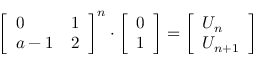
{ \left[ \begin{array} { l l } { 0 } & { 1 } \\ { a - 1 } & { 2 } \end{array} \right] } ^ { n } \cdot { \left[ \begin{array} { l } { 0 } \\ { 1 } \end{array} \right] } = { \left[ \begin{array} { l } { U _ { n } } \\ { U _ { n + 1 } } \end{array} \right] }